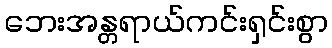
ဘေးအန္တရာယ်ကင်းရှင်းစွာ